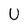
Character: U